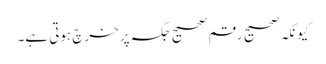
کیونکہ صحیح رقم صحیح جگہ پر خرچ ہوتی ہے۔